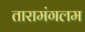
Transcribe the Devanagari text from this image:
तारामंगलम